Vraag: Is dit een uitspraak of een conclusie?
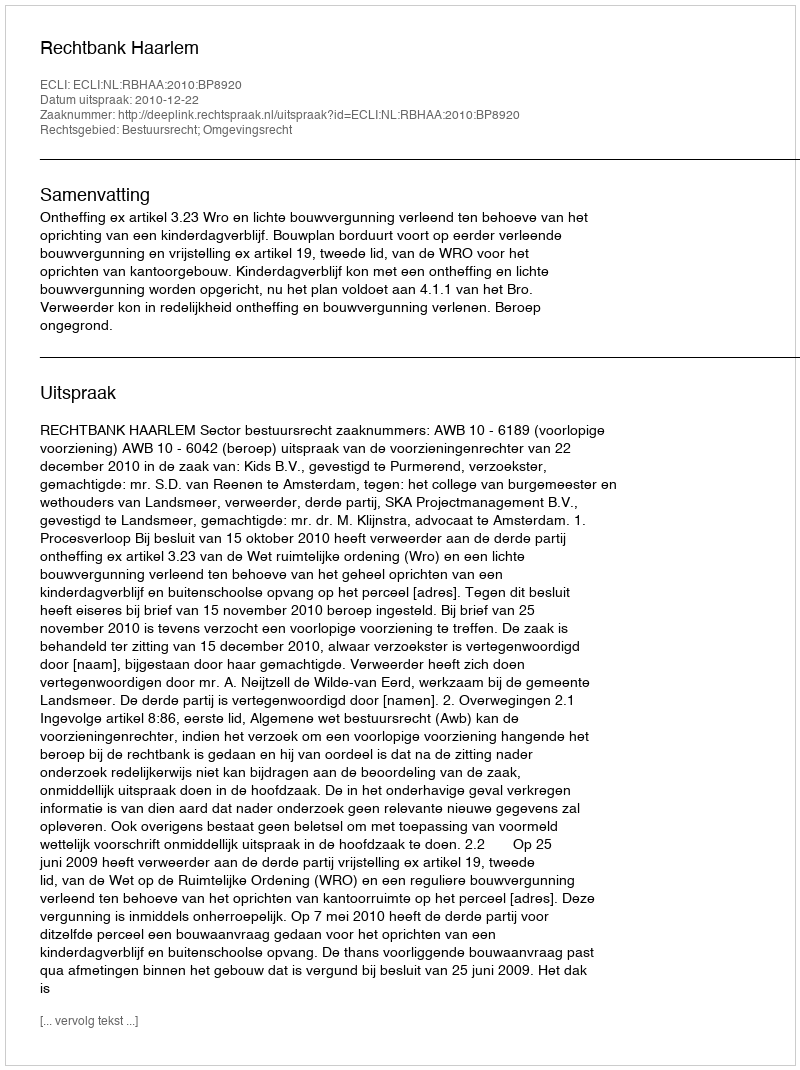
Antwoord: Uitspraak